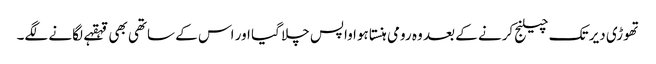
تھوڑی دیر تک چیلنج کرنے کے بعد وہ رومی ہنستا ہوا واپس چلا گیا اور اس کے ساتھی بھی قہقہے لگانے لگے۔